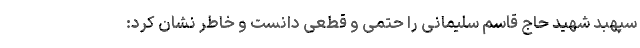
سپهبد شهید حاج قاسم سلیمانی را حتمی و قطعی دانست و خاطر نشان کرد: